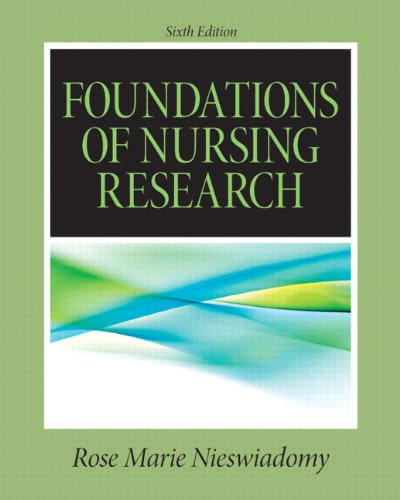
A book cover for Foundations in Nursing Research (6th Edition) (Nieswiadomy, Foundations of Nursing Research); Rose Marie Nieswiadomy; Medical Books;